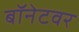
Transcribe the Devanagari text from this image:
बॉनेटवर